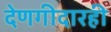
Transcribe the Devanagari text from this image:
देणगीदारही